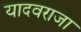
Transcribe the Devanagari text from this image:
यादवराजा